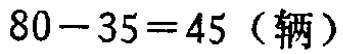
\(80 - 35 = 45 \text{（辆）}\)